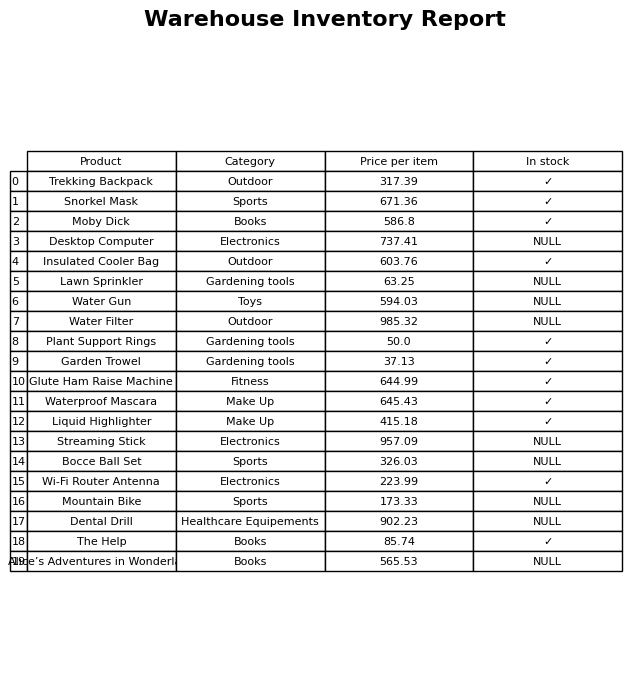
question: Is the Plant Support Rings in stock?
answer: ✓